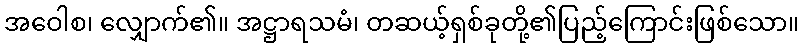
အဝေါစ၊ လျှောက်၏။ အဋ္ဌာရသမံ၊ တဆယ့်ရှစ်ခုတို့၏ပြည့်ကြောင်းဖြစ်သော။